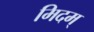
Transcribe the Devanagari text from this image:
मिदम्